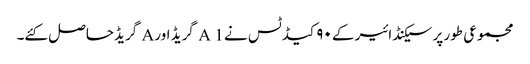
مجموعی طور پر سیکنڈ ائیر کے ۹۰ کیڈ ٹس نے A 1 گریڈ اور A گریڈحاصل کئے۔